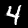
Digit: 4